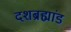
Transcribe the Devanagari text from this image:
दशब्रह्मांड